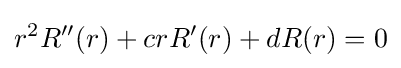
r^{2}R''(r)+crR'(r)+dR(r)=0